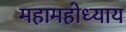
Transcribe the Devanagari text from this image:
महामहोध्याय